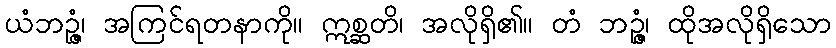
ယံဘဉ္ဇံ၊ အကြင်ရတနာကို။ ဣစ္ဆတိ၊ အလိုရှိ၏။ တံ ဘဉ္ဇံ၊ ထိုအလိုရှိသော